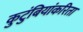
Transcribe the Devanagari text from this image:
कुटुंबियांकरिता